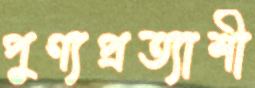
পুণ্যপ্রত্যাশী